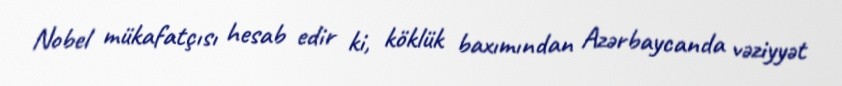
Nobel mükafatçısı hesab edir ki, köklük baxımından Azərbaycanda vəziyyət